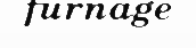
furnage